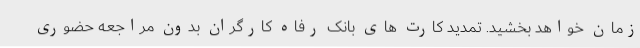
زمان خواهد بخشید. تمدید کارت های بانک رفاه کارگران بدون مراجعه حضوری